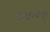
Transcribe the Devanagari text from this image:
०७९१